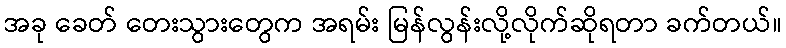
အခု ခေတ် တေးသွားတွေက အရမ်း မြန်လွန်းလို့လိုက်ဆိုရတာ ခက်တယ်။